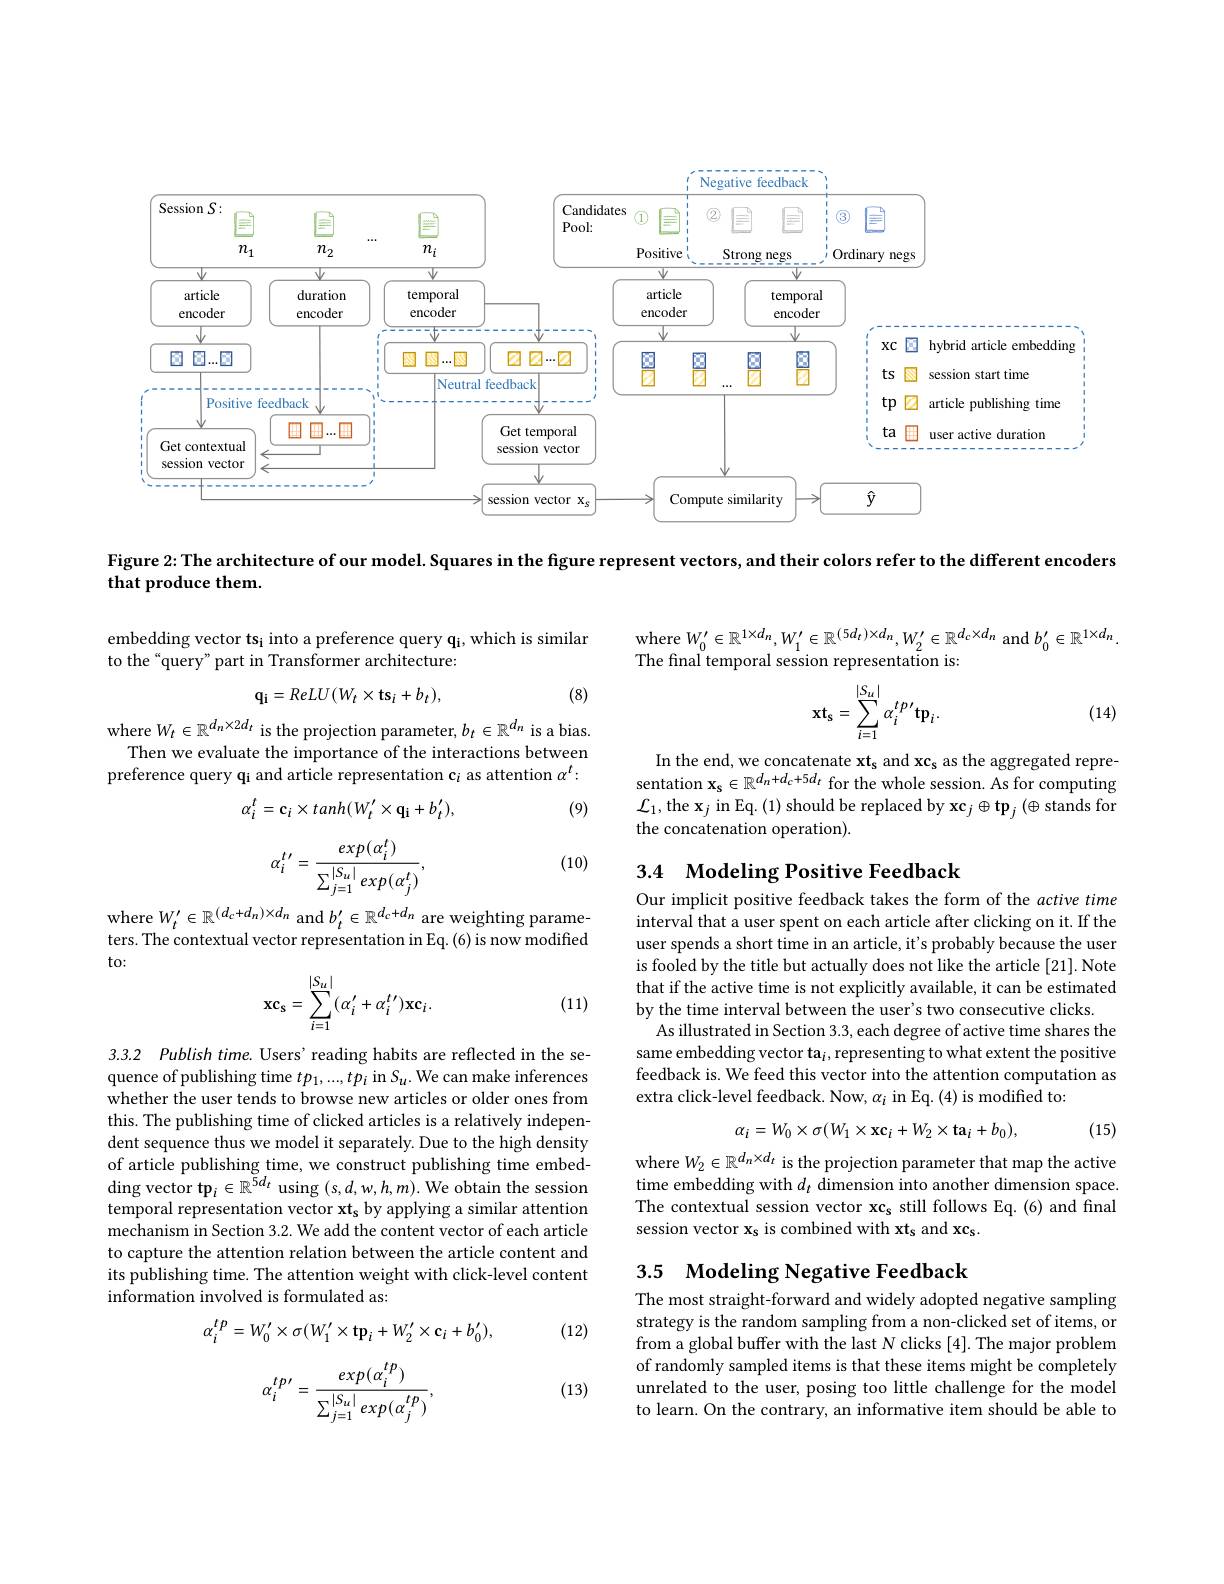
<FigureHere>

Figure 2:The architecture of our model. Squares in the figure represent vectors, and their colors refer to the different encoders

that produce them.

$\begin{array}{l}{\mathrm{where~}W_{0}^{\prime}\in\mathbb{R}^{1\times d_{n}},W_{1}^{\prime}\in\mathbb{R}^{(5d_{t})\times d_{n}},W_{2}^{\prime}\in\mathbb{R}^{d_{c}\times d_{n}}\mathrm{~and~}b_{0}^{\prime}\in\mathbb{R}^{1\times d_{n}}.}\end{array}$
The final temporal session representation is:

embedding vector ts$_\mathrm{i}$ into a preference query q$_\mathrm{i}$,which is similar
to the“query”part in Transformer architecture:
$$\mathbf{q_{i}}=ReLU(W_{t}\times\mathbf{ts_{i}}+b_{t}),$$
(8)
$$\mathbf{xt_s}=\sum_{i=1}^{|S_u|}\alpha_i^{t\:p\:\prime}\mathbf{tp}_i.$$
(14)

where $W_t\in\mathbb{R}^{d_n\times2d_t}$ is the projection parameter, $b_t\in\mathbb{R}^{d_n}$ is a bias.
Then we evaluate the importance of the interactions between preference query qi and article representation c$_i$ as attention $\alpha^t:$

In the end, we concatenate $\mathbf{xt}_{\mathrm{s}}$ and xc$_\mathbf{s}$ as the aggregated representation $\mathbf{x_s}\in\mathbb{R}^{d_n+d_c+5d_t}$ for the whole session. As for computing $\mathcal{L}_1$,the x$_j$ in Eq. (1) should be replaced by xc$_j\oplus\mathbf{tp}_j\left(\oplus\text{stands for}\right)$ the concatenation operation).
$$\alpha_{i}^{t}=\mathbf{c}_{i}\times tanh(W_{t}^{\prime}\times\mathbf{q_{i}}+b_{t}^{\prime}),$$
(9)
$$\alpha_{i}^{t}'=\frac{exp(\alpha_{i}^{t})}{\sum_{j=1}^{|S_{u}|}exp(\alpha_{j}^{t})},$$
(10)

## 3.4 Modeling Positive Feedback

where $W_t^{\prime}\in\mathbb{R}^{(d_c+d_n)\times d_n\mathrm{~and~}b_t^{\prime}\in\mathbb{R}^{d_c+d_n\mathrm{~are~weighting~parame-}}}$ ters. The contextual vector representation in Eq.(6) is now modified to:

Our implicit positive feedback takes the form of the active time interval that a user spent on each article after clicking on it. If the user spends a short time in an article, it's probably because the user is fooled by the title but actually does not like the article [21]. Note that if the active time is not explicitly available, it can be estimated by the time interval between the user's two consecutive clicks.
As illustrated in Section 3.3, each degree of active time shares the same embedding vector ta$_i$,representing to what extent the positive feedback is. We feed this vector into the attention computation as extra click-level feedback. Now, $\alpha_i$ in Eq. (4) is modified to:
$$\mathbf{xc_s}=\sum_{i=1}^{|S_u|}(\alpha_i'+\alpha_i^{t'})\mathbf{xc}_i.$$
(11)

3.3.2 Publish time. Users' reading habits are reflected in the sequence of publishing time $tp_1,...,tp_i$ in $S_u.$ We can make inferences
$$\alpha_i=W_0\times\sigma(W_1\times\mathbf{xc}_i+W_2\times\mathbf{ta}_i+b_0),$$
where $W_2\in\mathbb{R}^{d_n\times d_t}$ is the projection parameter that map the active

(15)

whether the user tends to browse new articles or older ones from this. The publishing time of clicked articles is a relatively independent sequence thus we model it separately. Due to the high density $\hat{\text{of article publishing time, we construct publishing time embed-}}$ $\operatorname*{ding}$vector tp$_i\in\mathbb{R}^{5d_t}$ using $(s,d,w,h,m).$ We obtain the session temporal representation vector xt$_\mathrm{s}$ by applying a similar attention mechanism in Section 3.2. We add the content vector of each article to capture the attention relation between the article content and its publishing time. The attention weight with click-level content information involved is formulated as:

$\bar{\text{time embedding with }d_t}\hat{\text{ dimension into another dimension space}}$ The contextual session vector xc$_{\mathrm{s}}$ still follows Eq.(6) and final session vector $\mathbf{x}_{\mathbf{s}}$ is combined with xts and xcs.

# 3.5 Modeling Negative Feedback The most straight-forward and widely adopted negative sampling

(12)
$$\alpha_{i}^{tp}=W_{0}^{\prime}\times\sigma(W_{1}^{\prime}\times\mathrm{tp}_{i}+W_{2}^{\prime}\times\mathrm{c}_{i}+b_{0}^{\prime}),$$
strategy is the random sampling from a non-clicked set of items, or from a global buffer with the last N clicks [4]. The major problem of randomly sampled items is that these items might be completely unrelated to the user, posing too little challenge for the model to learn. On the contrary, an informative item should be able to

(13)
$$\alpha_i^{tp\prime}=\frac{exp(\alpha_i^{tp})}{\sum_{j=1}^{|S_u|}exp(\alpha_j^{tp})},$$